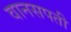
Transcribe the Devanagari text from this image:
वानसपती